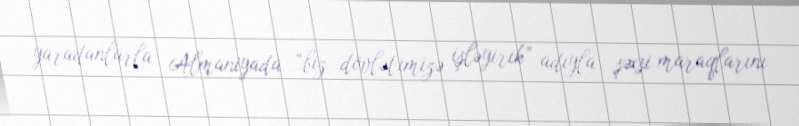
yaradanlarla Almaniyada “biz dövlətimizə işləyirik” adıyla şəxsi maraqlarını